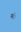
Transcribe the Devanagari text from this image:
मंै